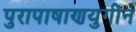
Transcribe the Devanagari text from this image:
पुरापाषाणयुगीन